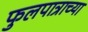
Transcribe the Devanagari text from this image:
फुलपात्राच्या